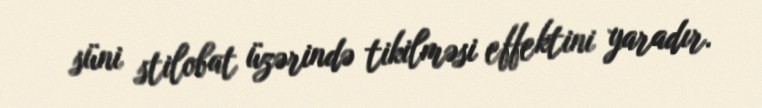
süni stilobat üzərində tikilməsi effektini yaradır.